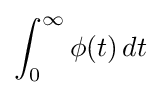
\int _{0}^{\infty }\phi (t)\,dt